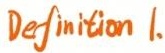
Definition 1.